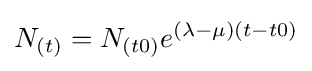
N_{(t)}=N_{(t0)}e^{(\lambda -\mu )(t-t0)}